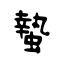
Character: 蟄